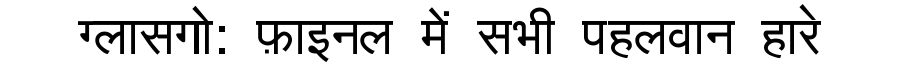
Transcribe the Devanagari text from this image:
ग्लासगो: फ़ाइनल में सभी पहलवान हारे